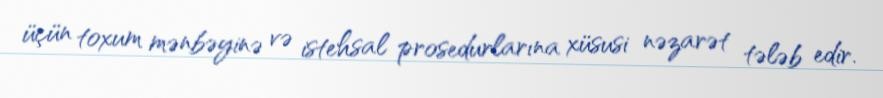
üçün toxum mənbəyinə və istehsal prosedurlarına xüsusi nəzarət tələb edir.